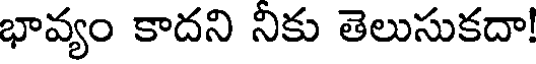
భావ్యం కాదని నికు తెలుసుకదా!